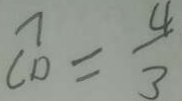
C _ { 0 } ^ { 7 } = \frac { 4 } { 3 }